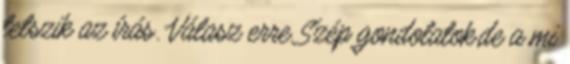
tetszik az írás. Válasz erre Szép gondolatok,de a mi